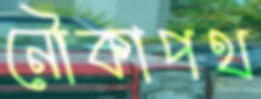
নৌকাপথ